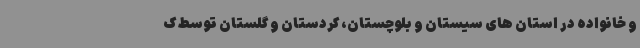
و خانواده در استان های سیستان و بلوچستان، کردستان و گلستان توسط ک